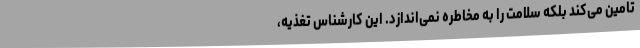
تامین می‌کند بلکه سلامت را به مخاطره نمی‌اندازد. این کارشناس تغذیه،